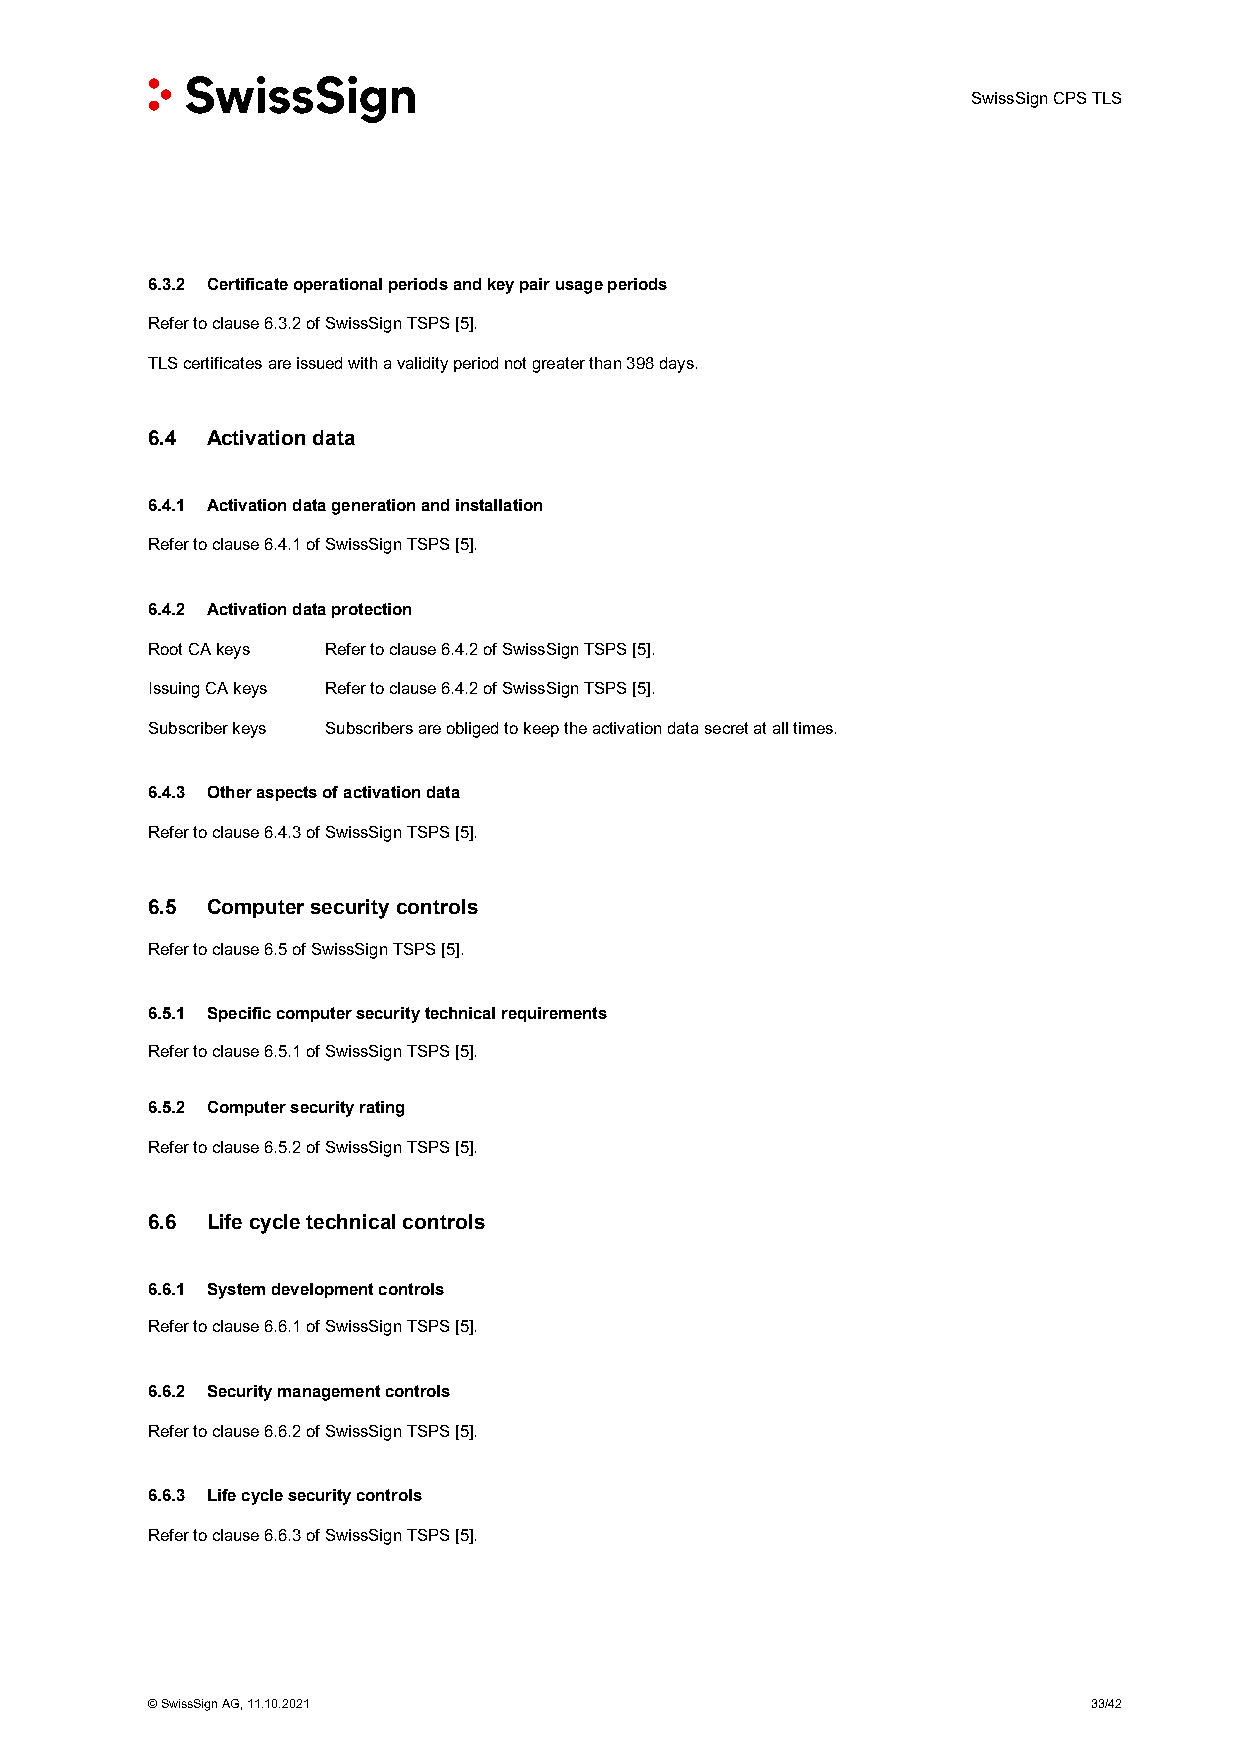
SwissSign CPS TLS
 6.3.2 Certificate operational periods and key pair usage periods
 Refer to clause 6.3.2 of SwissSign TSPS [5].
 TLS certificates are issued with a validity period not greater than 398 days.
 6.4 Activation data
 6.4.1 Activation data generation and installation
 Refer to clause 6.4.1 of SwissSign TSPS [5].
 6.4.2 Activation data protection
 Root CA keys Refer to clause 6.4.2 of SwissSign TSPS [5].
 Issuing CA keys Refer to clause 6.4.2 of SwissSign TSPS [5].
 Subscriber keys Subscribers are obliged to keep the activation data secret at all times.
 6.4.3 Other aspects of activation data
 Refer to clause 6.4.3 of SwissSign TSPS [5].
 6.5 Computer security controls
 Refer to clause 6.5 of SwissSign TSPS [5].
 6.5.1 Specific computer security technical requirements
 Refer to clause 6.5.1 of SwissSign TSPS [5].
 6.5.2 Computer security rating
 Refer to clause 6.5.2 of SwissSign TSPS [5].
 6.6 Life cycle technical controls
 6.6.1 System development controls
 Refer to clause 6.6.1 of SwissSign TSPS [5].
 6.6.2 Security management controls
 Refer to clause 6.6.2 of SwissSign TSPS [5].
 6.6.3 Life cycle security controls
 Refer to clause 6.6.3 of SwissSign TSPS [5].
 © SwissSign AG, 11.10.2021                                    33/42